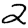
Digit: 2